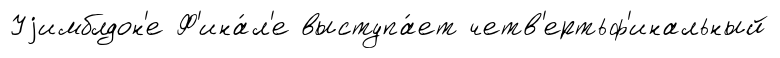
Уjимблдон'е Ф'ина́л'е выступа́ет четв'ертьф'инальный